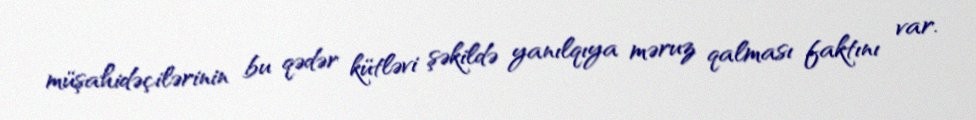
müşahidəçilərinin bu qədər kütləvi şəkildə yanılqıya məruz qalması faktını var.